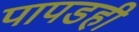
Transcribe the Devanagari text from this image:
पापडही